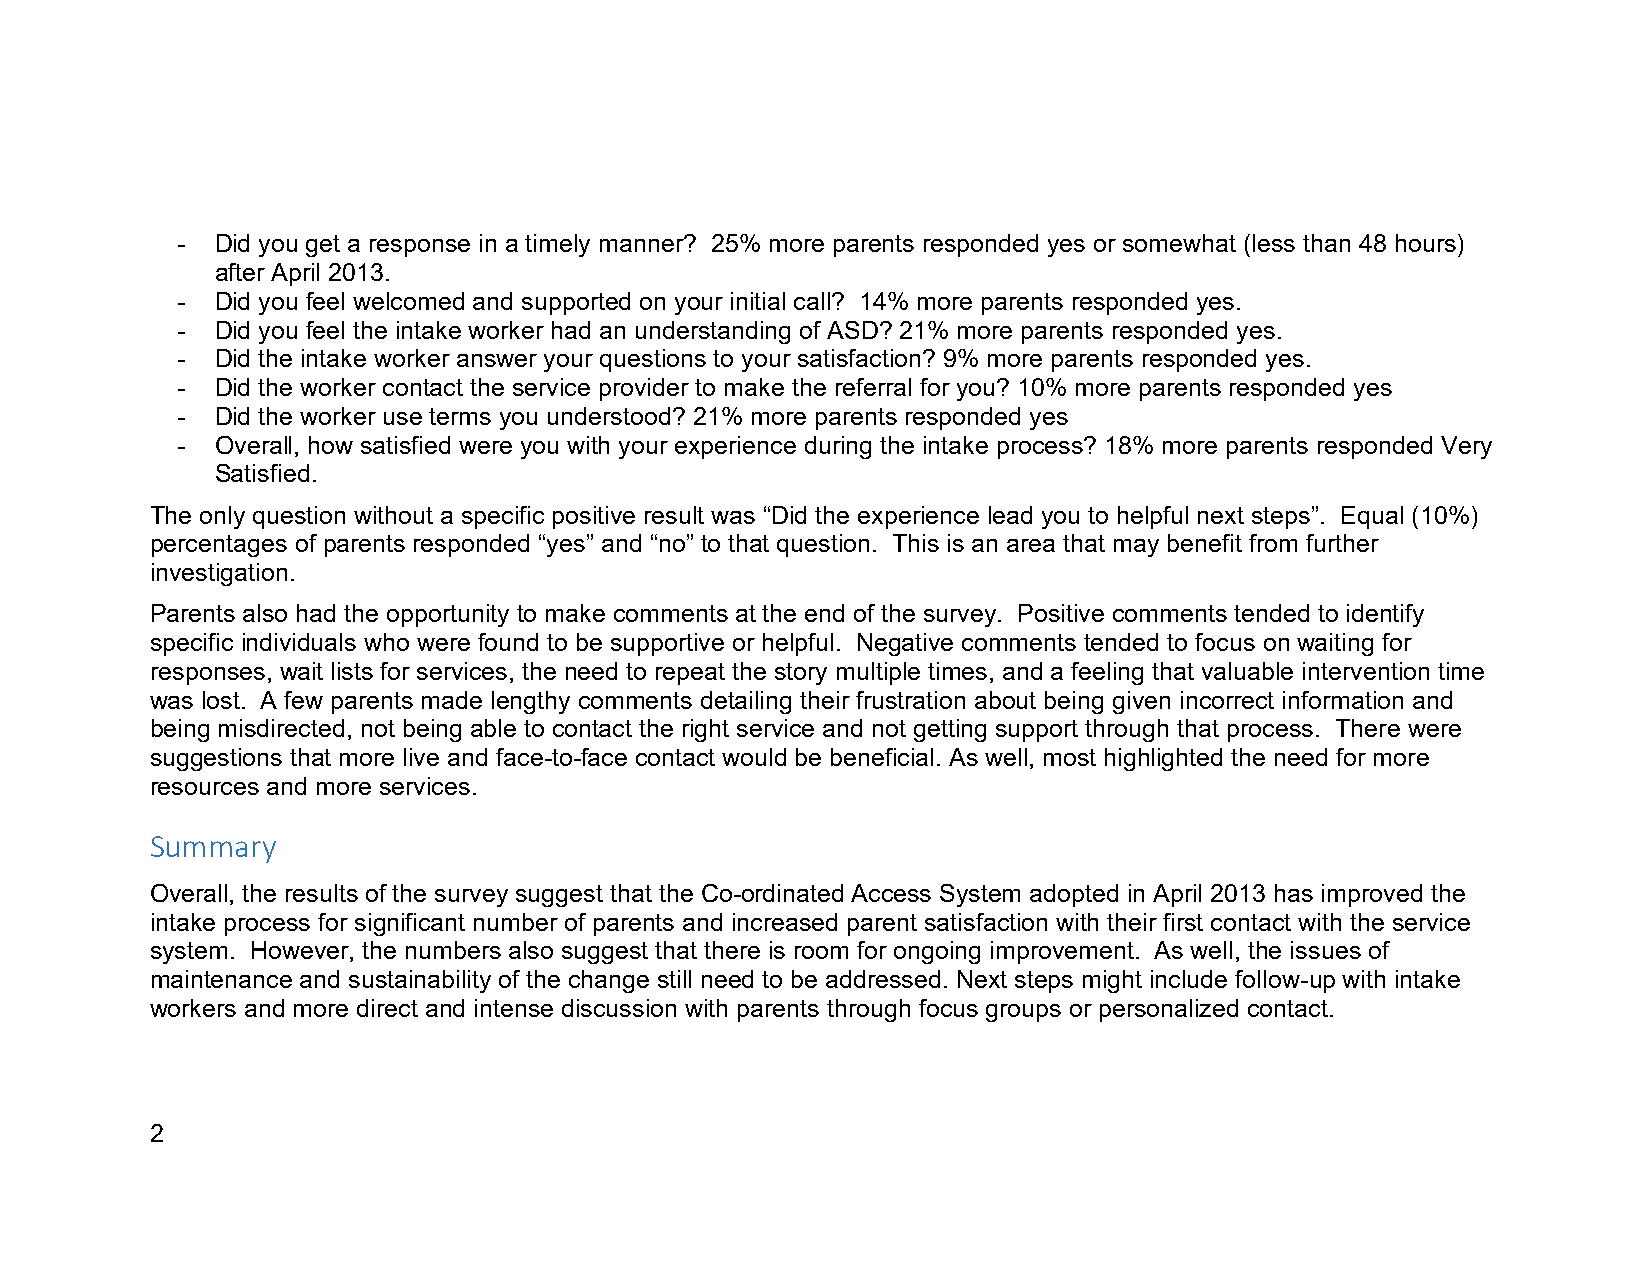
- Did you get a response in a timely manner? 25% more parents responded yes or somewhat (less than 48 hours)
 after April 2013.
 - Did you feel welcomed and supported on your initial call? 14% more parents responded yes.
 - Did you feel the intake worker had an understanding of ASD? 21% more parents responded yes.
 - Did the intake worker answer your questions to your satisfaction? 9% more parents responded yes.
 - Did the worker contact the service provider to make the referral for you? 10% more parents responded yes
 - Did the worker use terms you understood? 21% more parents responded yes
 - Overall, how satisfied were you with your experience during the intake process? 18% more parents responded Very
 Satisfied.
 The only question without a specific positive result was “Did the experience lead you to helpful next steps”. Equal (10%)
 percentages of parents responded “yes” and “no” to that question. This is an area that may benefit from further
 investigation.
 Parents also had the opportunity to make comments at the end of the survey. Positive comments tended to identify
 specific individuals who were found to be supportive or helpful. Negative comments tended to focus on waiting for
 responses, wait lists for services, the need to repeat the story multiple times, and a feeling that valuable intervention time
 was lost. A few parents made lengthy comments detailing their frustration about being given incorrect information and
 being misdirected, not being able to contact the right service and not getting support through that process. There were
 suggestions that more live and face-to-face contact would be beneficial. As well, most highlighted the need for more
 resources and more services.
 Summary
 Overall, the results of the survey suggest that the Co-ordinated Access System adopted in April 2013 has improved the
 intake process for significant number of parents and increased parent satisfaction with their first contact with the service
 system. However, the numbers also suggest that there is room for ongoing improvement. As well, the issues of
 maintenance and sustainability of the change still need to be addressed. Next steps might include follow-up with intake
 workers and more direct and intense discussion with parents through focus groups or personalized contact.
 2